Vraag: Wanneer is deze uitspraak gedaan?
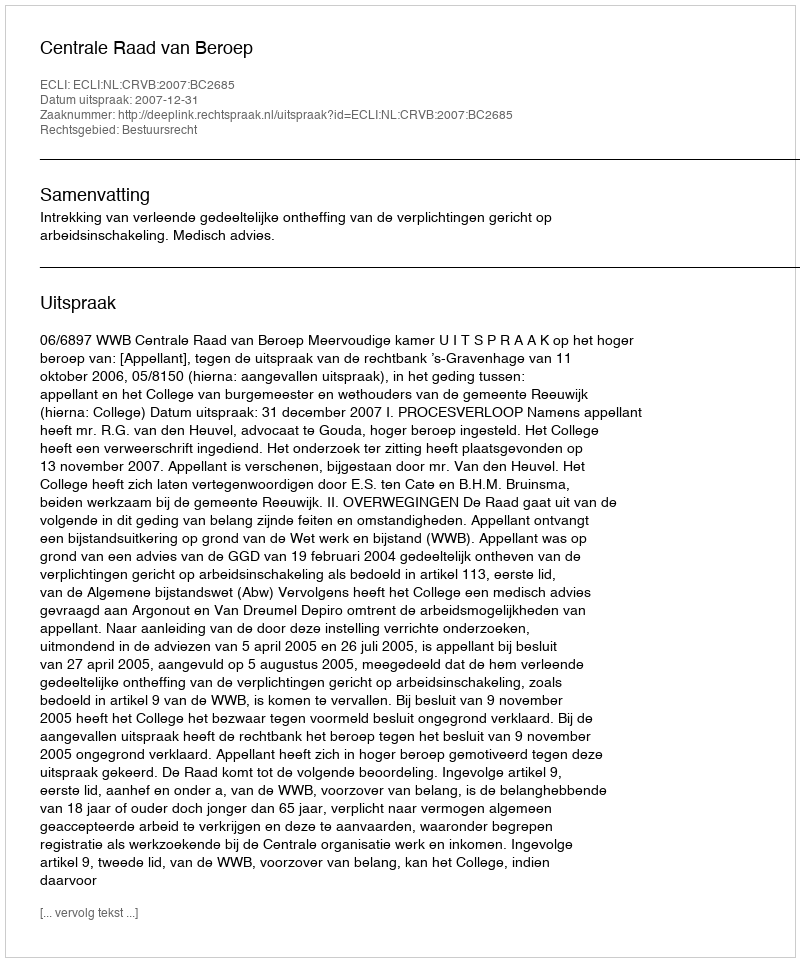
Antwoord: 2007-12-31